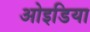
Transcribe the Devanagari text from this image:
ओइडिया